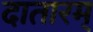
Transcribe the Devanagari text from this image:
दातारम्